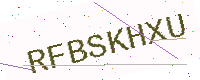
Text: RFBSKHXU